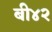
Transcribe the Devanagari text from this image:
बी४२